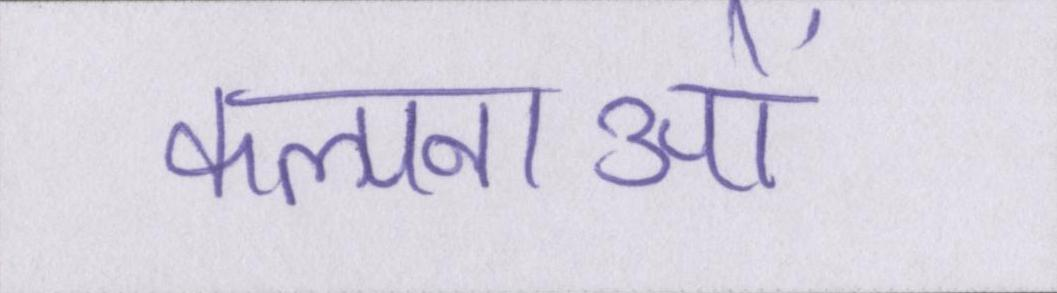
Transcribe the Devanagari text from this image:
कल्पनाओं